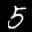
Label: 5